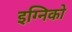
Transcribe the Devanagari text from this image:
इग्निको